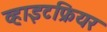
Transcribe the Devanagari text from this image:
व्हाइटफ्रियर